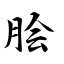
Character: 脍